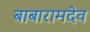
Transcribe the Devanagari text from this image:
बाबारामदेव